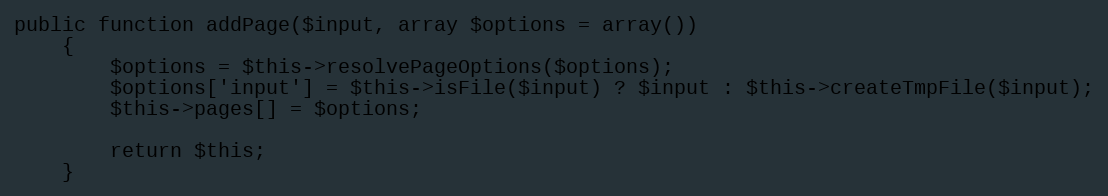
Language: PHP
public function addPage($input, array $options = array())
    {
        $options = $this->resolvePageOptions($options);
        $options['input'] = $this->isFile($input) ? $input : $this->createTmpFile($input);
        $this->pages[] = $options;

        return $this;
    }